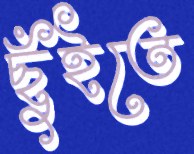
ছুঁইতে